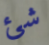
شئ